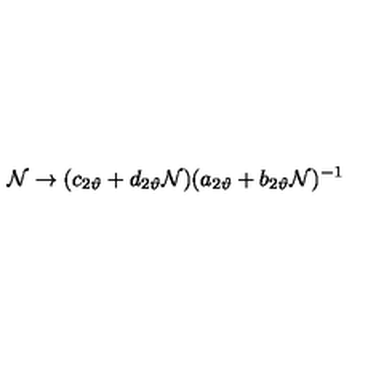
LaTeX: { \cal N } \rightarrow ( c _ { 2 \vartheta } + d _ { 2 \vartheta } { \cal N } ) ( a _ { 2 \vartheta } + b _ { 2 \vartheta } { \cal N } ) ^ { - 1 }